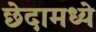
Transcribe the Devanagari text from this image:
छेदामध्ये